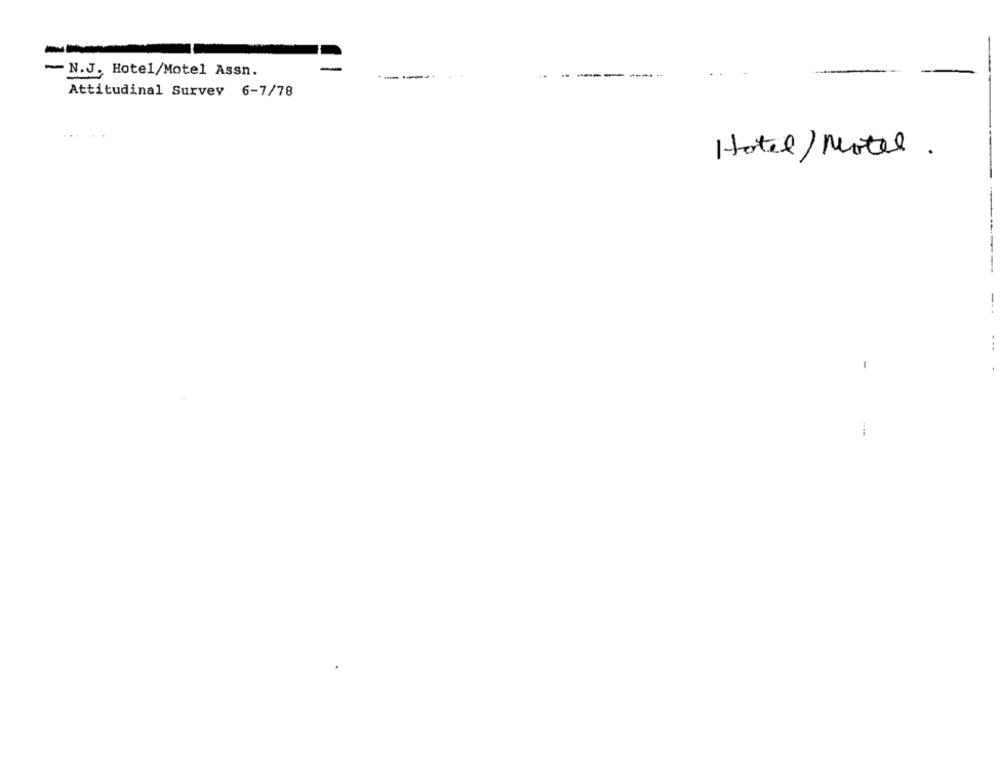
N.J. Hotel/Motel Assn.
----
Attitudinal Survey 6-7/78
...
Hotel/ Motel.